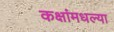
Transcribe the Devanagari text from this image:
कक्षांमधल्या